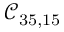
\mathcal { C } _ { 3 5 , 1 5 }